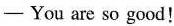
—You are so good!